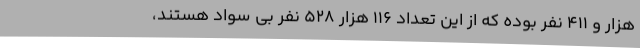
هزار و 411 نفر بوده که از این تعداد 116 هزار 528 نفر بی سواد هستند،